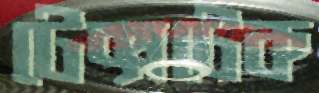
টেক্সটেক